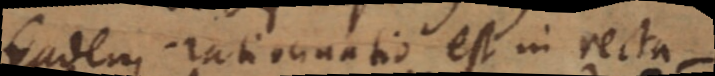
Eadem rationnatio est in recta